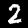
Digit: 2